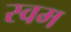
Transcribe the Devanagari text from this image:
स्वम